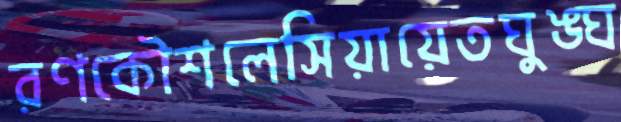
রণকৌশলেসিয়ায়েতঘুঙ্ঘ